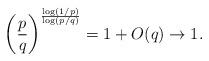
LaTeX: \begin{align*}\left( \frac pq \right)^{\frac{\log(1/p)}{\log(p/q)}} = 1 + O(q) \to 1.\end{align*}